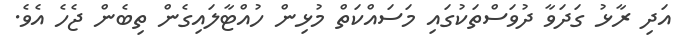
އަދި ރާޅު ގަދަވާ ދުވަސްތަކުގައި މަސައްކަތް މުޅިން ހުއްޓާލައިގެން ތިބެން ޖެހެ އެވެ.